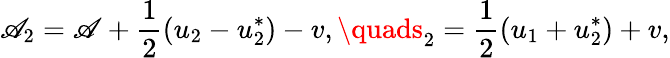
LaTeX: \mathscr{A}_{2}=\mathscr{A}+\frac{{1}}{{2}}(u_{2}-u_{2}^{*})-v,\quads_{2}=\frac{{1}}{{2}}(u_{1}+u_{2}^{*})+v,